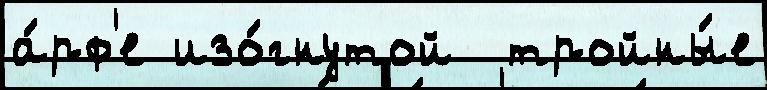
а́рф'е изо́гнутой  тройны́е